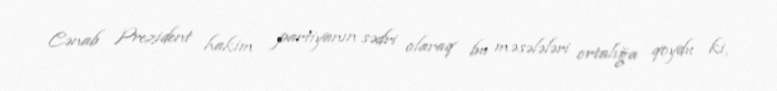
Cənab Prezident hakim partiyanın sədri olaraq bu məsələləri ortalığa qoydu ki,